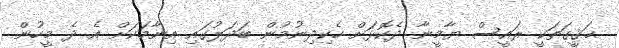
ޙަޤީގަތަކީ ރައީސް ޔާމީނާ ދެކޮޅަށް ހެކިދިނުމުން ބަދަލުގައި އިނާމަކަށް އެ ދެ މީހުން